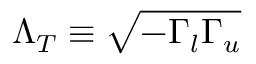
\Lambda _ { T } \equiv \sqrt { - \Gamma _ { l } \Gamma _ { u } }